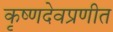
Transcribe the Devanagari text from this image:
कृष्णदेवप्रणीत